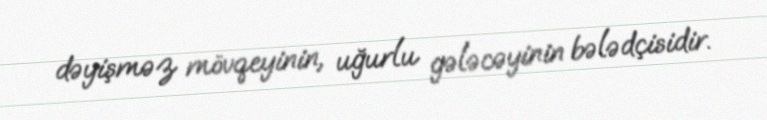
dəyişməz mövqeyinin, uğurlu gələcəyinin bələdçisidir.